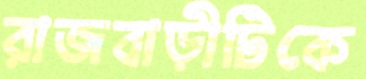
রাজবাড়ীটিকে